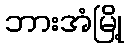
ဘားအံမြို့